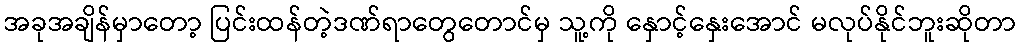
အခုအချိန်မှာတော့ ပြင်းထန်တဲ့ဒဏ်ရာတွေတောင်မှ သူ့ကို နှောင့်နှေးအောင် မလုပ်နိုင်ဘူးဆိုတာ